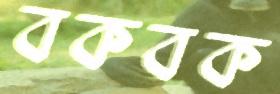
বকবক